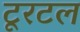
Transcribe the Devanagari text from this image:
टूरटल